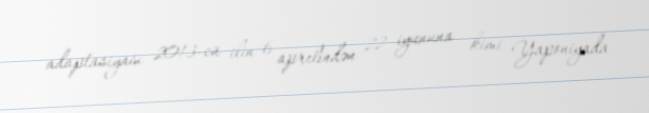
adaptasiyası 2013-cü ilin 6 aprelindən 22 iyununa kimi Yaponiyada